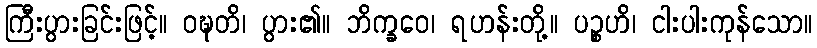
ကြီးပွားခြင်းဖြင့်။ ဝဍ္ဎတိ၊ ပွား၏။ ဘိက္ခဝေ၊ ရဟန်းတို့။ ပဉ္စဟိ၊ ငါးပါးကုန်သော။